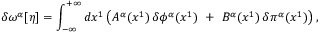
\delta \omega ^ { \alpha } [ \eta ] = \int _ { - \infty } ^ { + \infty } d x ^ { 1 } \left( A ^ { \alpha } ( x ^ { 1 } ) \, \delta \phi ^ { \alpha } ( x ^ { 1 } ) \, \, + \, \, B ^ { \alpha } ( x ^ { 1 } ) \, \delta \pi ^ { \alpha } ( x ^ { 1 } ) \right) ,